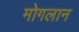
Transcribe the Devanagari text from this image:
मोगलान